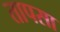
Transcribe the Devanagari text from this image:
तापसा